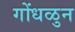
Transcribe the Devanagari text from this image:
गोंधळुन